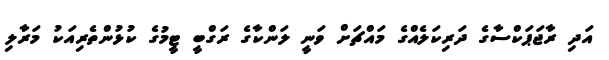
އަދި ރާޖަޕަކްސާގެ ދަރިކަލެއްގެ މައްޗަށް ވަނީ ލަންކާގެ ރަގްބީ ޓީމުގެ ކުޅުންތެރިއަކު މަރާލި